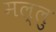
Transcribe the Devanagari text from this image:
मल्लु